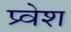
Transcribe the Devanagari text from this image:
प्र्वेश